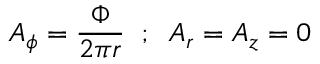
A _ { \phi } = \frac { \Phi } { 2 \pi r } \; \; ; \; \; A _ { r } = A _ { z } = 0